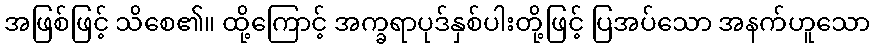
အဖြစ်ဖြင့် သိစေ၏။ ထို့ကြောင့် အက္ခရာပုဒ်နှစ်ပါးတို့ဖြင့် ပြအပ်သော အနက်ဟူသော